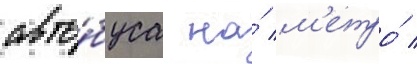
авто́буса на́ м'етро́ /